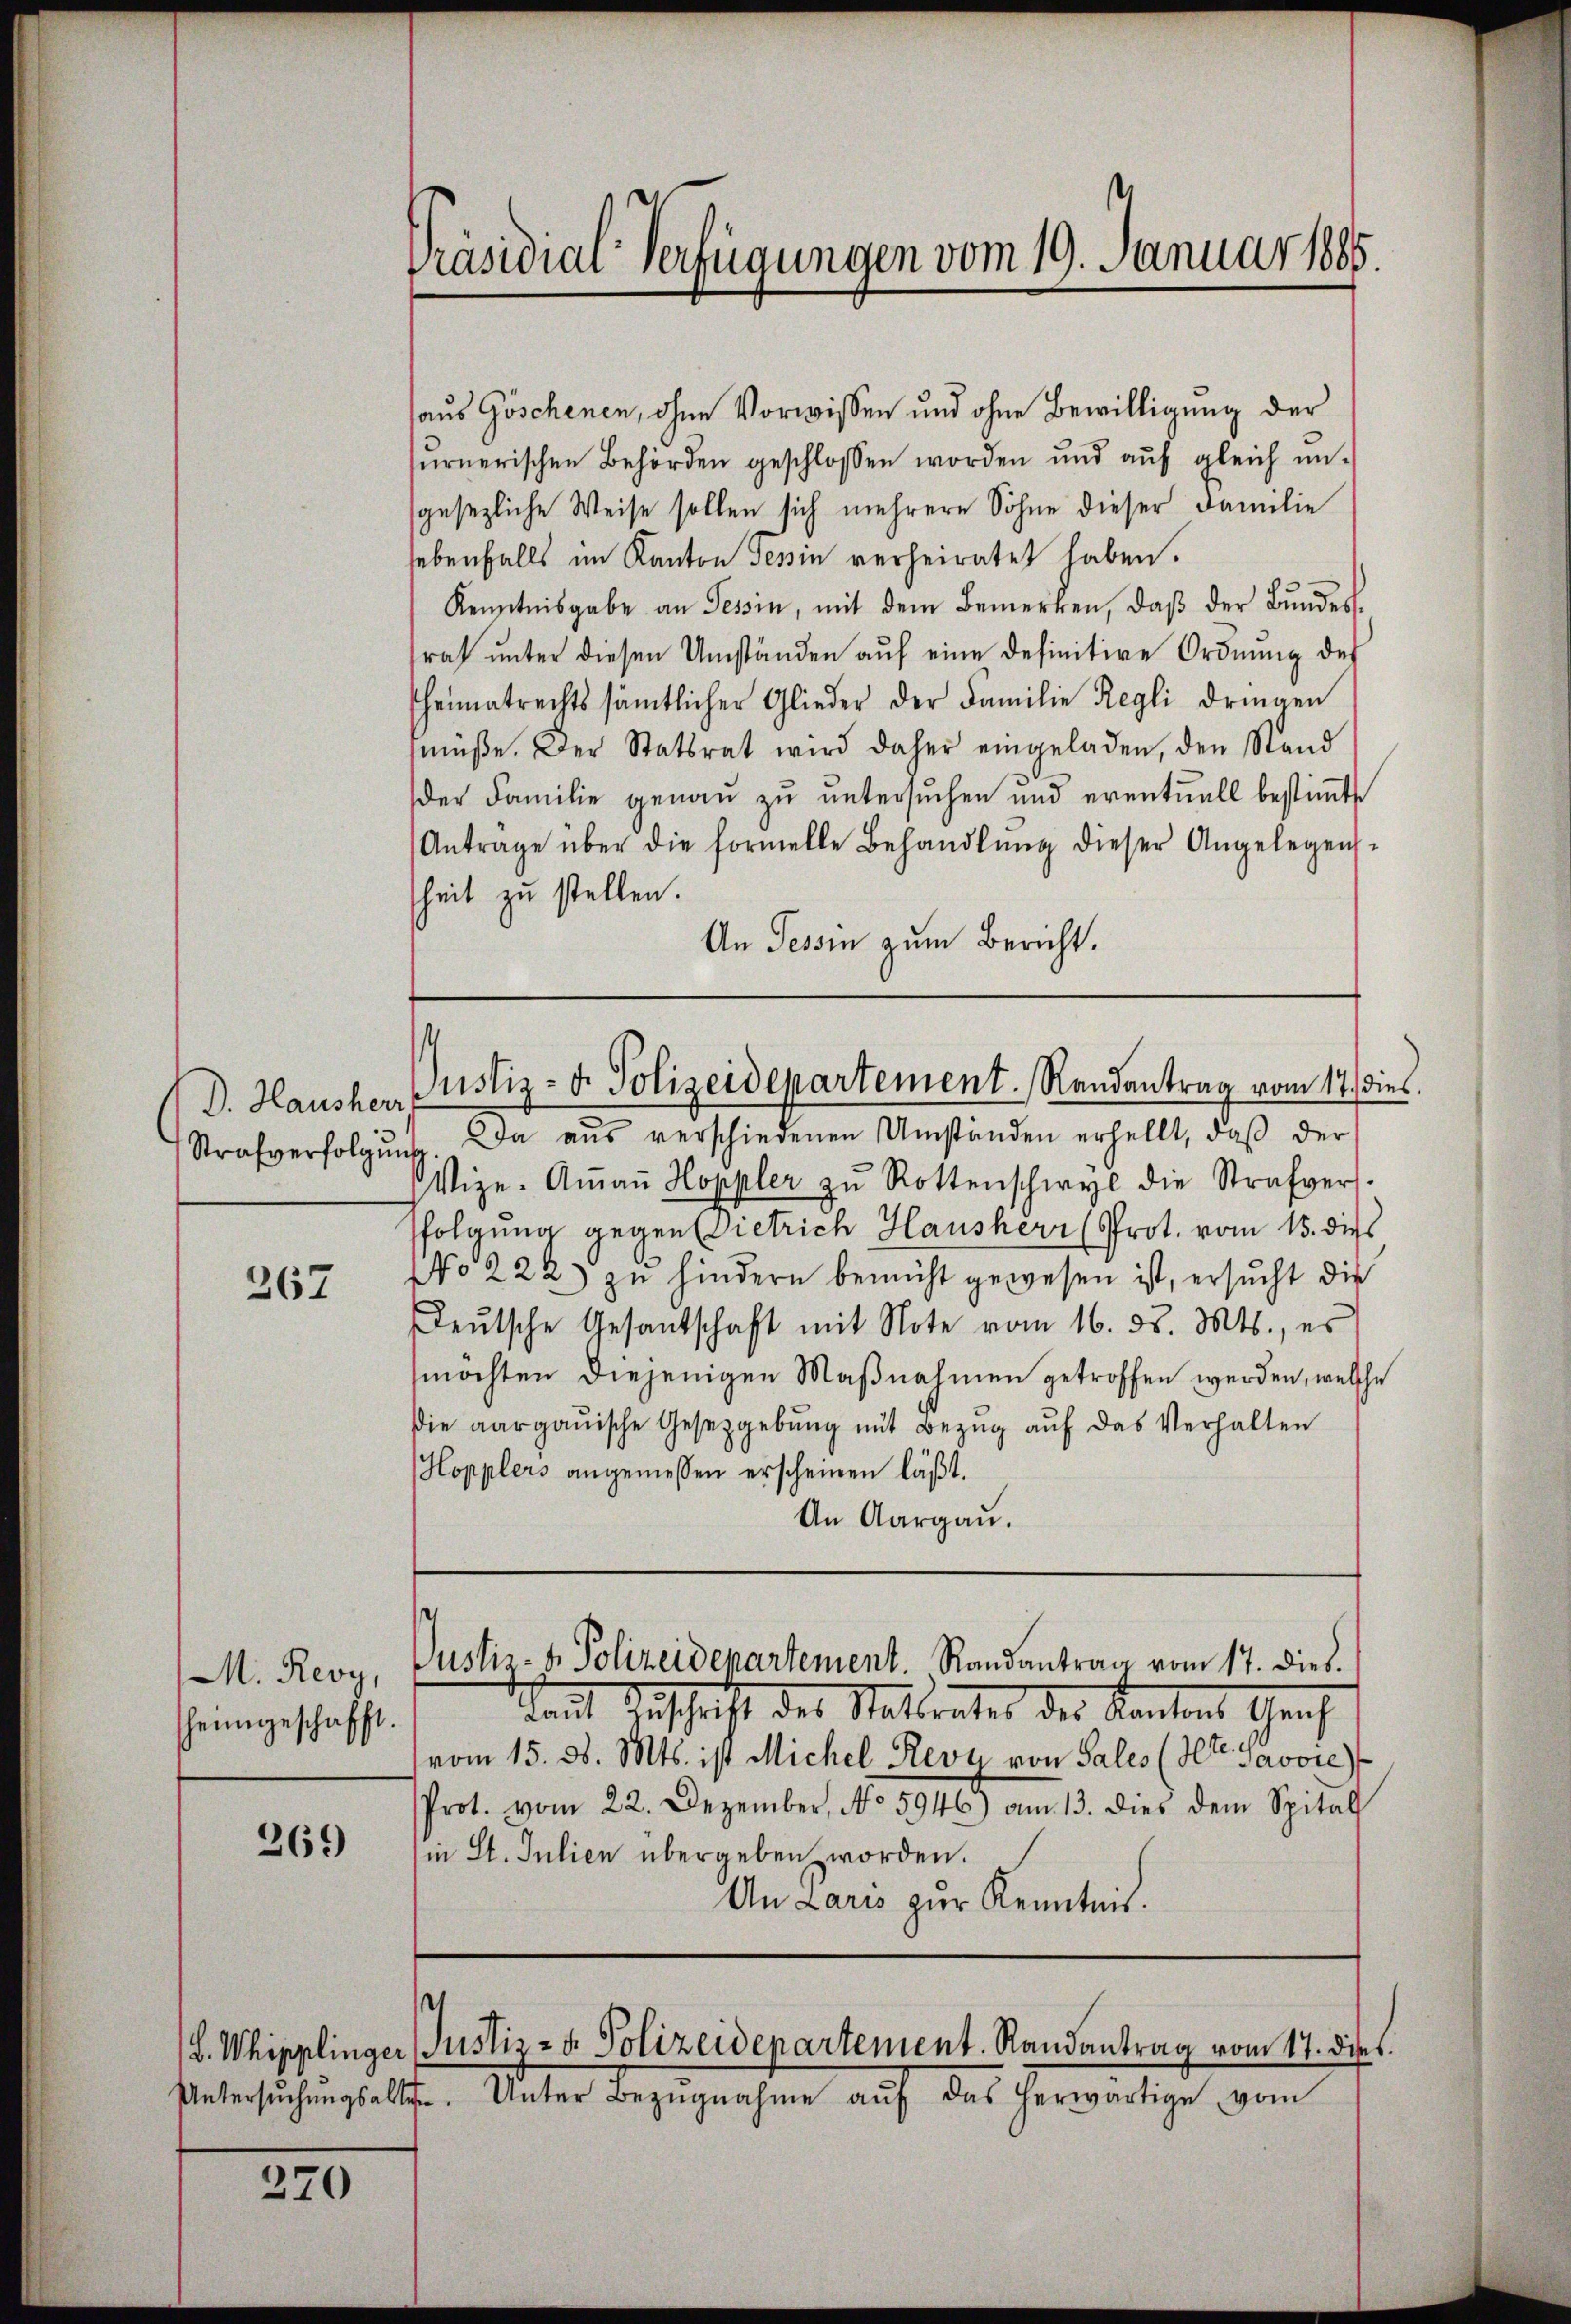
D. Hausherr

367

M. Revy,
heimgeschafft.

269

370

Präsidial-Verfügungen vom 19. Januar 1885.

.
Justiz- u. Polizeidepartement. Randantrag vom 17. dies

haus Göschenen, ohne Vorwissen und ohne Bewilligung der
sŭrnerischen Behörden geschlossen worden und aŭf gleich ŭn-
sgesezliche Weise sollen sich mehrere Sohne dieser Familie
sebenfalls im Kanton Tessin verheiratet haben.
Kenntnisgabe an Tessin, mit dem Bemerken, daβ der Bŭndes-
rah unter diesen Umständen auf eine definitive Ordnung des
heimatrechts sämtlicher Glieder der Familie Regli dringen
müße. Der Statsrat wird daher eingeladen, den Stand
der Familie genau zu untersuchen und eventuell bestimmt
Antrage über die formelle Behandlŭng dieser Angelegens-
heit zu stellen.
An Tessin zum Bericht.
Strafverfolgŭng. Da aŭs verschiedenen Umständen erhellt, daβ der
Wize- Aṁaṅ Hoppler zŭ Rottenschwyl die Strafvers.
folgung gegenrietrich Hausherr Prot. vom 15. dies
No 222) zu hindern bemüht gewesen ist, ersŭcht die
eŭtsche Gesandschaft mit Note vom 16. d. Mts., es
möchten diejenigen Maßnahmen getroffen werden, welche
die aargauische Gesetzgebŭng mit Bezŭg aŭf das Verhalten
Hopplers angemessen erscheinen läßt.
An Aargau.
Justiz- & Polizeidepartement. Randantrag vom 17. dies
kaut Zuschrift des Stattraktes des Kantons Graf
vom 15. d. Mts. ist Michel Revu von Sales (Str. Savore
Prot. vom 22. Dezember, No 5946) am 13. dies dem Spital
in St. Julien übergeben worden.
An Laris zur Kenntnis.

L. Whipplinger Justiz- & Polizeidepartement. Randantrag vom 17. dies
Untersŭchŭngsalten. Unter Bezŭgnahme aŭf das herwärtige vom